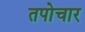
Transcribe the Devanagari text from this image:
तपोचार